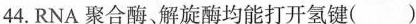
44.RNA聚合酶、解旋酶均能打开氢键()